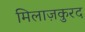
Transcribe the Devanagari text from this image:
मिलाज़कुरद